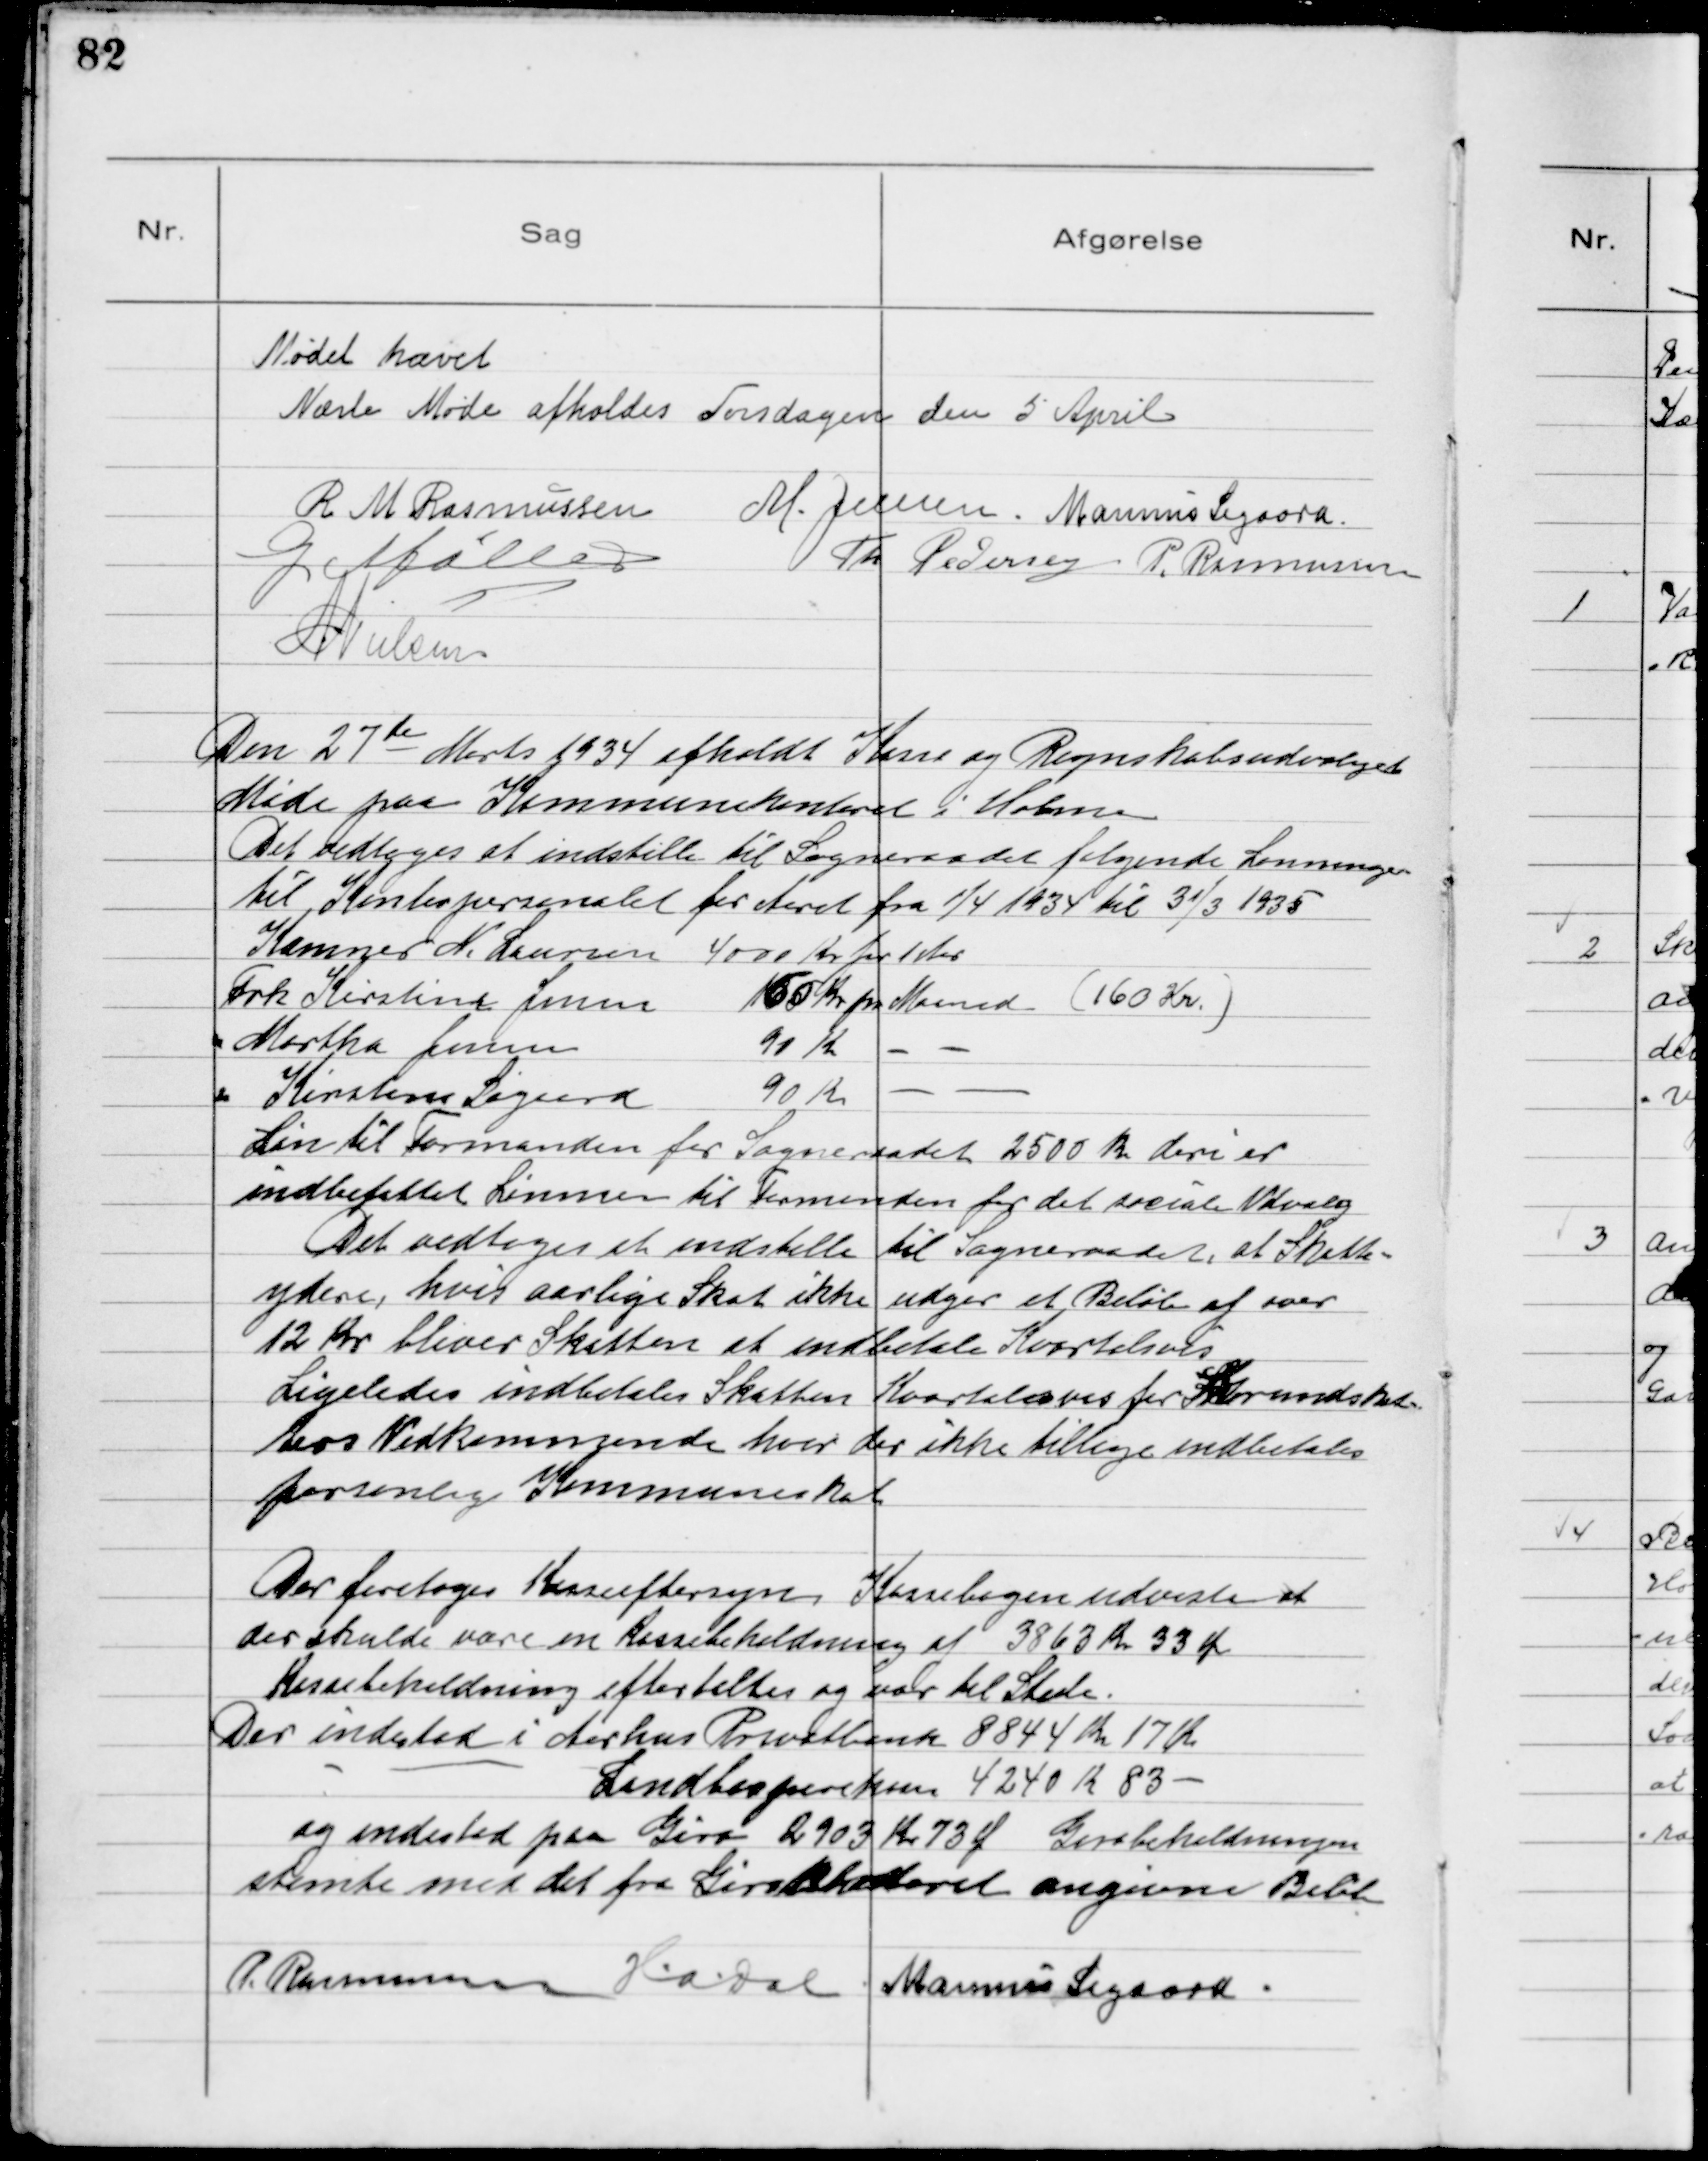
Transskription:
Mødet hævet
Næste Møde afholdes Torsdagen den 5 April
R M Rasmussen
M. Jensen Marinus Sigaard
G. Møller
Th Pedersen P. Rasmussen
NNielsen

Den 27de Marts 1934 afholdt Kasse og Regnskabsudvalget
Møde paa Kommunekontoret i Holme
Det vedtoges at indstille til Sogneraadet følgende Lønninger
til Kontorpersonalet for Aaret fra 1/4 1934 til 31/3 1935
Kæmner N. Laursen 4000 Kr for 1 Aar
Frk Kirstine Jensen 160 Kr pr Maaned (160 Kr.)
Martha Jensen 91 Kr - -
Kirstine Sigaard 90 Kr - -
Løn til Formanden for Sogneraadet 2500 Kr deri er
indbefattet Lønnen til Formanden for det sociale Udvalg
Det vedtoges at indstille til Sogneraadet, at Skatte-
ydere, hvis aarlige Skat ikke udgør et Beløb af over
12 Kr bliver Skatten at indbetale Kvartalsvis
Ligeledes indbetales Skatten Kvartalsvis for Grundskat-
ters Vedkommende hvor der ikke tillige indbetales
personlig Kommuneskat

Der foretoges Kasseeftersyn. Kassebogen udviste at
der skulde være en Kassebeholdning af 3863 Kr 33 Øre
Kassbeholdning eftertaltes og var til Stede.
Der indestod i Aarhus Privatbank 8844 Kr 17 Øre
- Landbosparekassen 4240 Kr 83 -
og indestod paa Giro 2903 Kr 73 Ø Girobeholdningen
stemte med det fra Girokontoret angivne Beløb
P. Rasmussen
HaDal
Marinus Sigaard